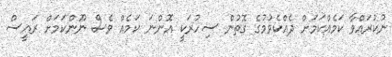
ނުކުރައްވާ ކަމެއްކަމަށް ދެއްކެވުމުގެ ގޮތުން ސިހުރަކީ އޮންނަ ކަމެއް ވެސް ނޫންކަމަށް ރައީސް